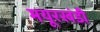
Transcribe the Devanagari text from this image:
मयूरखंडी